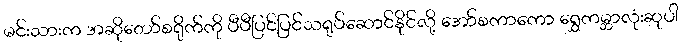
မင်းသားက အဆိုတော်စရိုက်ကို ပီပီပြင်ပြင်သရုပ်ဆောင်နိုင်လို့ အော်စကာကော ရွှေကမ္ဘာလုံးဆုပါ